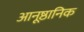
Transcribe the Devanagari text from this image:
आनूष्ठानिक